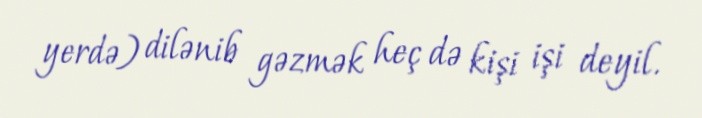
yerdə) dilənib gəzmək heç də kişi işi deyil.